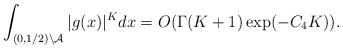
LaTeX: \begin{align*}\int_{(0,1/2)\setminus \mathcal{A}}|g(x)|^K dx=O(\Gamma(K+1)\exp(-C_4K)).\end{align*}